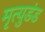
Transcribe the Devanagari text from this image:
मृत्युडंड